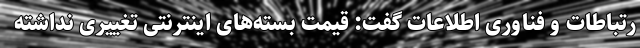
رتباطات و فناوری اطلاعات گفت: قیمت بسته‌های اینترنتی تغییری نداشته